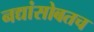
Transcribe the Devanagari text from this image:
नद्यांसोबतच